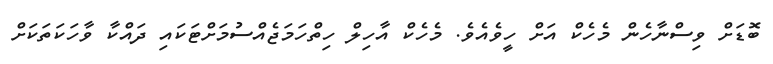
ބޮޑަށް ވިސްނާހެން މެހެކް އަށް ހީވެއެވެ. މެހެކް އާހިލް ހިތްހަމަޖެއްސުމަށްޓަކައި ދައްކާ ވާހަކަތަކަށް